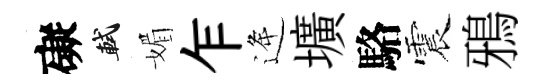
礙軾媚乍逄壙駱震鴉